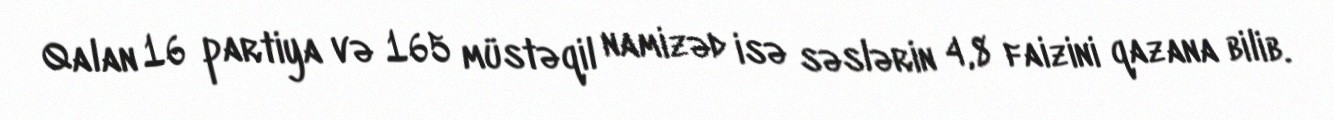
Qalan 16 partiya və 165 müstəqil namizəd isə səslərin 4,8 faizini qazana bilib.